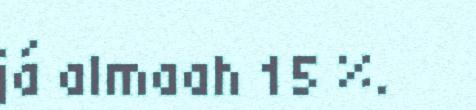
já almaah 15 %.